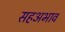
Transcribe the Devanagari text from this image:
सहअभाव